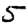
Digit: 5